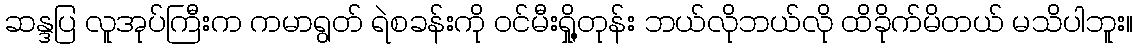
ဆန္ဒပြ လူအုပ်ကြီးက ကမာရွတ် ရဲစခန်းကို ဝင်မီးရှို့တုန်း ဘယ်လိုဘယ်လို ထိခိုက်မိတယ် မသိပါဘူး။